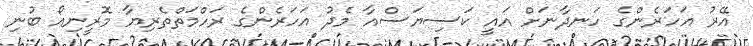
އޭރު އަހަރެންގެ ހަނދާނަށް އައީ ކަސިޔަސްއާ މެދު އަހަރެންގެ ރަހްމަތްތެރިޔާ މޮރީނިއޯ ބުނި